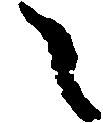
々